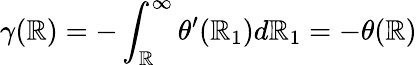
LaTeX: \gamma(\mathbb{R})=-\int_{\mathbb{R}}^{\infty}\theta^{\prime}(\mathbb{R}_{1})d\mathbb{R}_{1}=-\theta(\mathbb{R})